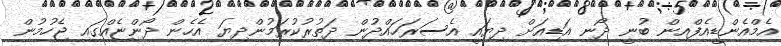
އެމްއެންޑީއެފްއިން ބުނީ ދޯނި އަޑިއަށް ދިޔައީ އެސަރަހައްދުން ދަތުރުކުރަމުންދިޔަ އެހެން ދޯންޏެއްގައި ޖެހުމުން